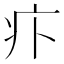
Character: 𤴩